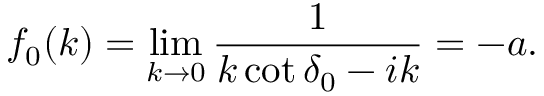
f _ { 0 } ( k ) = \operatorname* { l i m } _ { k \to 0 } \frac { 1 } { k \cot \delta _ { 0 } - i k } = - a .